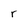
Character: r